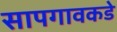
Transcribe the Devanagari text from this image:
सापगावकडे